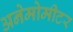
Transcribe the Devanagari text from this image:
अनेमोमीटर